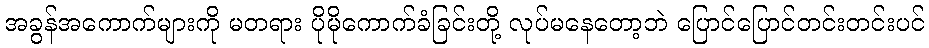
အခွန်အကောက်များကို မတရား ပိုမိုကောက်ခံခြင်းတို့ လုပ်မနေတော့ဘဲ ပြောင်ပြောင်တင်းတင်းပင်